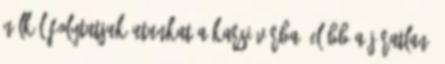
nélkül folytatjuk utunkat a karsi várba. Előbb a járatlan,